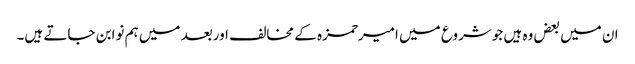
ان میں بعض وہ ہیں جوشروع میں امیرحمزہ کے مخالف اوربعد میں ہم نوابن جاتے ہیں۔